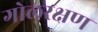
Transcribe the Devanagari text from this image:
गोलरक्षण